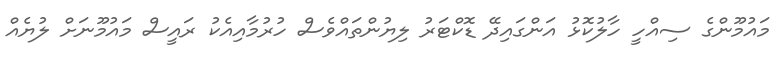
މައުމޫންގެ ސިއްހީ ހާލުކޮޅު އަންގައިދޭ ޑޮކްޓަރު ލިޔުންތައްވެސް ހުރުމާއިއެކު ރައީސް މައުމޫނަށް ލުޔެއް